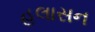
હલાસન